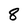
Character: 8